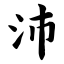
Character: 沛